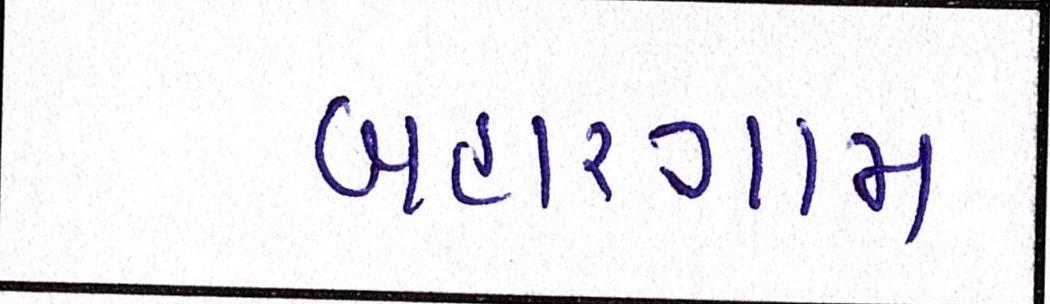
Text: બહારગામ